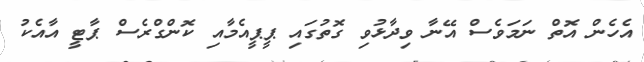
އެހެން އޮތް ނަމަވެސް އޭނާ ވިދާޅުވި ގޮތުގައި ޕީޕީއެމާއި ކޮންގްރެސް ޕާޓީ އާއެކު